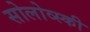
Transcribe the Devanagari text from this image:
सोलोव्स्की